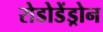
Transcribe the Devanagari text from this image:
रोडोडेंड्रोन